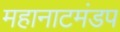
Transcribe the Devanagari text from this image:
महानाटमंडप